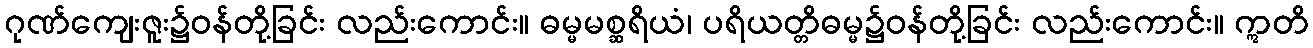
ဂုဏ်ကျေးဇူး၌ဝန်တို့ခြင်း လည်းကောင်း။ ဓမ္မမစ္ဆရိယံ၊ ပရိယတ္တိဓမ္မ၌ဝန်တို့ခြင်း လည်းကောင်း။ ဣတိ